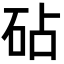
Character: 砧